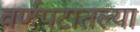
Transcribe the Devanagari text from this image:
वर्णपटातल्या